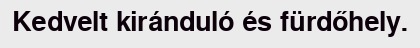
Kedvelt kiránduló és fürdőhely.